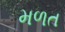
મળત